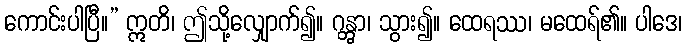
ကောင်းပါပြီ။” ဣတိ၊ ဤသို့လျှောက်၍။ ဂန္တွာ၊ သွား၍။ ထေရဿ၊ မထေရ်၏။ ပါဒေ၊